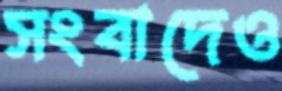
সংবাদেও